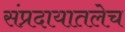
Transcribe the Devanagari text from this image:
संप्रदायातलेच